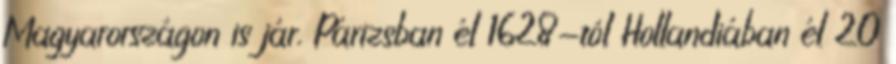
Magyarországon is jár. Párizsban él 1628-tól Hollandiában él 20